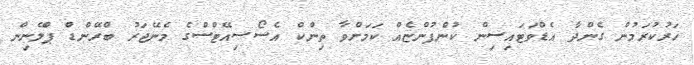
ހަރުކުރަމުން ގެންދާ އެޑްވަޓައިސިން ކުންފުންޏެއް ކަމަށްވާ ތިންކް އެސޯސިއޭޓްސްގެ މެނޭޖަރު ބްރޭންޑް ޕްލޭނިން